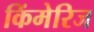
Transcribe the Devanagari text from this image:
किंमेरिज